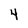
Character: 4